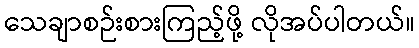
သေချာစဉ်းစားကြည့်ဖို့ လိုအပ်ပါတယ်။